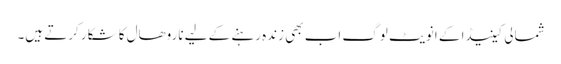
شمالی کینیڈا کے انویٹ لوگ اب بھی زندہ رہنے کے لیے ناروھال کا شکار کرتے ہیں۔